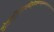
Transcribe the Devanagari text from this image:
कोकोइजिऔप्क्न्ब्ब्यिपोह्य्य्ग्य्व्ब्ब्व्त्च्व्त्र्फ्च्ग्फ्व्ग्व्ग